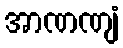
အာဏဏျံ